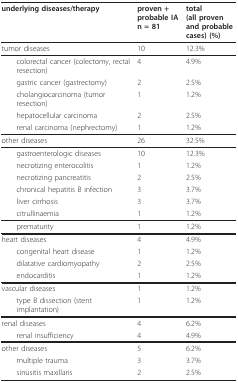
<table><thead><tr><td><b>underlying diseases/therapy</b></td><td><b>proven +probable IAn = 81</b></td><td><b>total (all proven and probable cases) (%)</b></td></tr></thead><tbody><tr><td>tumor diseases</td><td>10</td><td>12.3%</td></tr><tr><td> colorectal cancer (colectomy, rectal resection)</td><td>4</td><td>4.9%</td></tr><tr><td> gastric cancer (gastrectomy)</td><td>2</td><td>2.5%</td></tr><tr><td> cholangiocarcinoma (tumor resection)</td><td>1</td><td>1.2%</td></tr><tr><td> hepatocellular carcinoma</td><td>2</td><td>2.5%</td></tr><tr><td> renal carcinoma (nephrectomy)</td><td>1</td><td>1.2%</td></tr><tr><td>other diseases</td><td>26</td><td>32.5%</td></tr><tr><td> gastroenterologic diseases</td><td>10</td><td>12.3%</td></tr><tr><td> necrotizing enterocolitis</td><td>1</td><td>1.2%</td></tr><tr><td> necrotizing pancreatitis</td><td>2</td><td>2.5%</td></tr><tr><td> chronical hepatitis B infection</td><td>3</td><td>3.7%</td></tr><tr><td> liver cirrhosis</td><td>3</td><td>3.7%</td></tr><tr><td> citrullinaemia</td><td>1</td><td>1.2%</td></tr><tr><td> prematurity</td><td>1</td><td>1.2%</td></tr><tr><td>heart diseases</td><td>4</td><td>4.9%</td></tr><tr><td> congenital heart disease</td><td>1</td><td>1.2%</td></tr><tr><td> dilatative cardiomyopathy</td><td>2</td><td>2.5%</td></tr><tr><td> endocarditis</td><td>1</td><td>1.2%</td></tr><tr><td>vascular diseases</td><td>1</td><td>1.2%</td></tr><tr><td> type B dissection (stent implantation)</td><td>1</td><td>1.2%</td></tr><tr><td>renal diseases</td><td>4</td><td>6.2%</td></tr><tr><td> renal insufficiency</td><td>4</td><td>4.9%</td></tr><tr><td>other diseases</td><td>5</td><td>6.2%</td></tr><tr><td> multiple trauma</td><td>3</td><td>3.7%</td></tr><tr><td> sinusitis maxillaris</td><td>2</td><td>2.5%</td></tr></tbody></table>